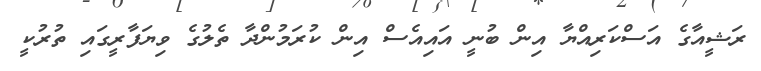
ރަޝީއާގެ އަސްކަރިއްޔާ އިން ބުނީ އައިއެސް އިން ކުރަމުންދާ ތެލުގެ ވިޔަފާރީގައި ތުރުކީ